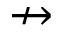
\nrightarrow